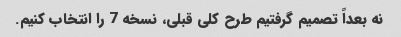
نه بعداً تصمیم گرفتیم طرح کلی قبلی، نسخه 7 را انتخاب کنیم.